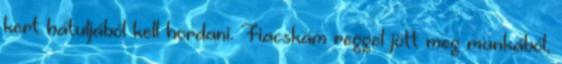
kert hátuljából kell hordani. Fiacskám reggel jött meg munkából,